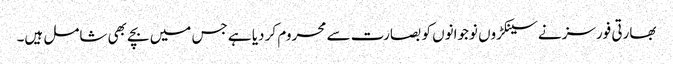
بھارتی فورسز نے سینکڑوں نوجوانوں کو بصارت سے محروم کر دیا ہے جس میں بچے بھی شامل ہیں۔